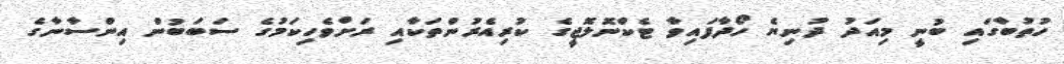
ހުތުބާގައި ބުނީ މިއަދު ދުނިޔެ ހޯދާފައިވާ ޓެކްނޮލޮޖީގެ ކުރިއެރުންތަކާއި ރަށްވެހިކަމުގެ ސަބަބުން އިންސާނާގެ